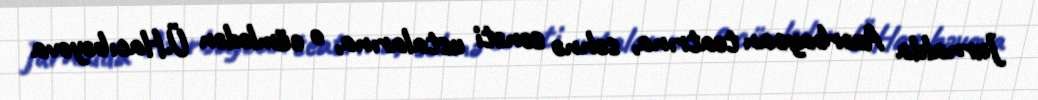
Jurnalda Azərbaycan teatrına, səhnə sənəti ustalarına, o cümlədən Ü.Hacıbəyova